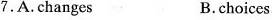
7.A.Changes B.choices